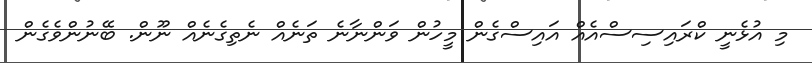
މި އުޅެނީ ކްރައިސިސްއެއް އައިސްގެން މީހުން ވަންނާނެ ތަނެއް ނެތިގެނެއް ނޫން. ބޭނުންވެގެން